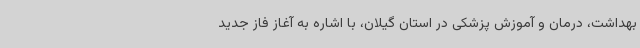
بهداشت، درمان و آموزش پزشکی در استان گیلان، با اشاره به آغاز فاز جدید